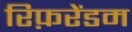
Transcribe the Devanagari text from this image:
रिफ़रेंडम